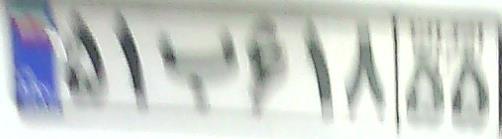
۵۱ب۶۱۸۵۵